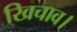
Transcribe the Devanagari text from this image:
खिचाव।